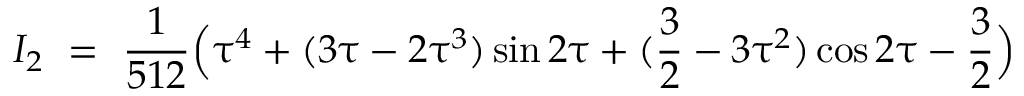
I _ { 2 } \ = \ \frac { 1 } { 5 1 2 } \Big ( \uptau ^ { 4 } + ( 3 \uptau - 2 \uptau ^ { 3 } ) \sin 2 \uptau + ( \frac { 3 } { 2 } - 3 \uptau ^ { 2 } ) \cos 2 \uptau - \frac { 3 } { 2 } \Big )